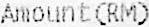
AMOUNT(RM)